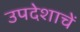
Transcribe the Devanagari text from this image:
उपदेशाचें